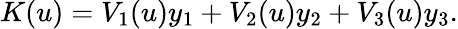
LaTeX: K(u)=V_{1}(u)y_{1}+V_{2}(u)y_{2}+V_{3}(u)y_{3}.